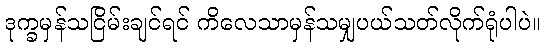
ဒုက္ခမှန်သငြိမ်းချင်ရင် ကိလေသာမှန်သမျှပယ်သတ်လိုက်ရုံပါပဲ။